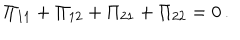
\Pi _ { 1 1 } + \Pi _ { 1 2 } + \Pi _ { 2 1 } + \Pi _ { 2 2 } = 0 \, .